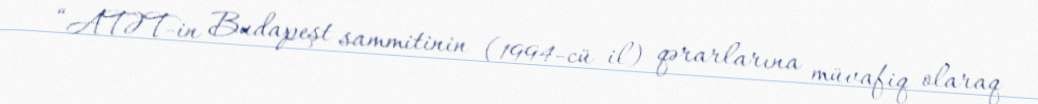
“ATƏT-in Budapeşt sammitinin (1994-cü il) qərarlarına müvafiq olaraq